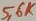
Text: 5,6K